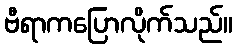
ဗီရာကပြောလိုက်သည်။